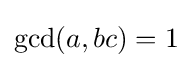
\gcd(a,bc)=1